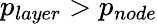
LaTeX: p_{layer}>p_{node}